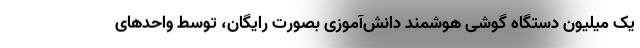
یک میلیون دستگاه گوشی هوشمند دانش‌آموزی بصورت رایگان، توسط واحدهای